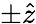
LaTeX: \pm\hat{z}